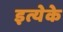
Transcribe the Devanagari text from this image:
इत्येके